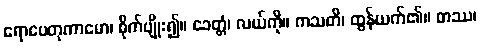
ရောပေတုကာမော၊ စိုက်ပျိုး၍။ ခေတ္တံ၊ လယ်ကို။ ကသတိ၊ ထွန်ယက်၏။ တဿ၊